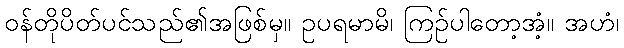
ဝန်တိုပိတ်ပင်သည်၏အဖြစ်မှ။ ဥပရမာမိ၊ ကြဉ်ပါတော့အံ့။ အဟံ၊